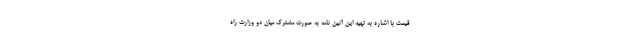
قیمت با اشاره به تهیه این آئین نامه به صورت مشترک میان دو وزارت راه